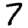
Digit: 7